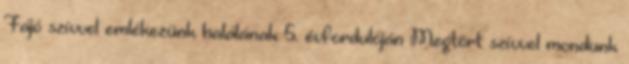
Fájó szívvel emlékezünk halálának 5. évfordulóján Megtört szívvel mondunk